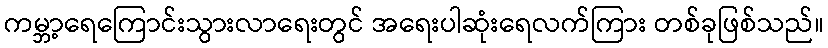
ကမ္ဘာ့ရေကြောင်းသွားလာရေးတွင် အရေးပါဆုံးရေလက်ကြား တစ်ခုဖြစ်သည်။